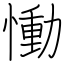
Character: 慟